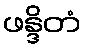
ဖန္ဒိတံ